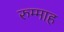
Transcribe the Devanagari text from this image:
रुम्माह